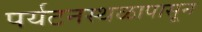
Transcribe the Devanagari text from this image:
पर्यटनस्थळापासून